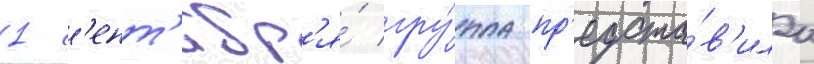
1 с'ент'ябр'я́ гру́ппа пр'едста́в'ила